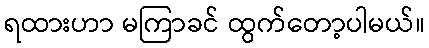
ရထားဟာ မကြာခင် ထွက်တော့ပါမယ်။